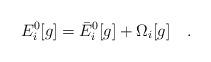
LaTeX: \begin{align*}E^0_i[g]=\bar{E}^0_i[g]+\Omega_i[g]~~~.\end{align*}